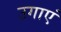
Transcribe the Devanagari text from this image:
उगाएं